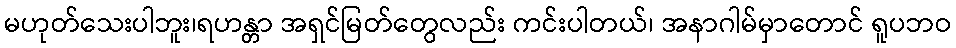
မဟုတ်သေးပါဘူး၊ရဟန္တာ အရှင်မြတ်တွေလည်း ကင်းပါတယ်၊ အနာဂါမ်မှာတောင် ရူပဘဝ